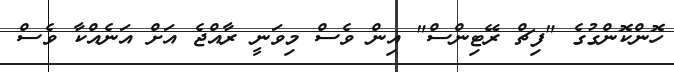
ހޮންކޮންގުގެ "ފިޗް ރޭޓިންސް" އިން ވެސް މިވަނީ ރާއްޖެ އަށް އަނެއްކާ ވެސް